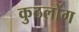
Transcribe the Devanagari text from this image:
कुठलोंग